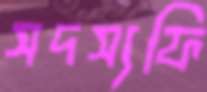
সদস্যফি